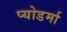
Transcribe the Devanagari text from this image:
प्योडर्मा